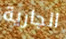
الجارية